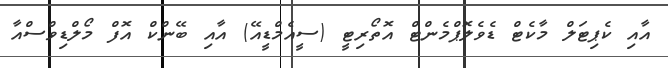
އާއި ކެޕިޓަލް މާކެޓް ޑެވެލޮޕްމެންޓް އޮތޯރިޓީ (ސީއެމްޑީއޭ) އާއި ބޭންކް އޮފް މޯލްޑިވްސްއާ